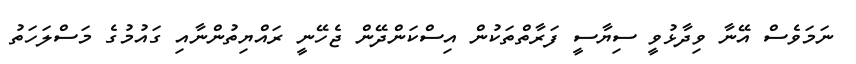
ނަމަވެސް އޭނާ ވިދާޅުވީ ސިޔާސީ ފަރާތްތަކުން އިސްކަންދޭން ޖެހޭނީ ރައްޔިތުންނާއި ގައުމުގެ މަސްލަހަތު